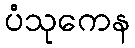
ပံသုကေန